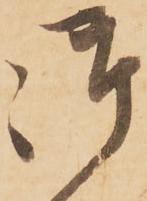
御